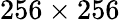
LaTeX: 256\times 256